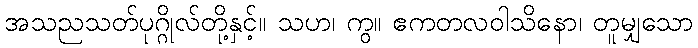
အသညသတ်ပုဂ္ဂိုလ်တို့နှင့်။ သဟ၊ ကွ။ ဧကတလဝါသိနော၊ တူမျှသော